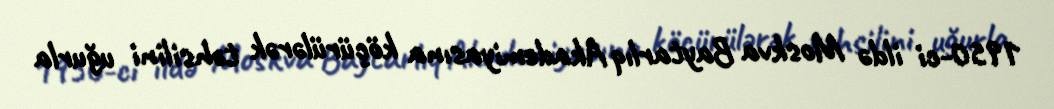
1950-ci ildə Moskva Baytarlıq Akademiyasına köçürülərək təhsilini uğurla